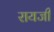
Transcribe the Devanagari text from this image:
रायजी